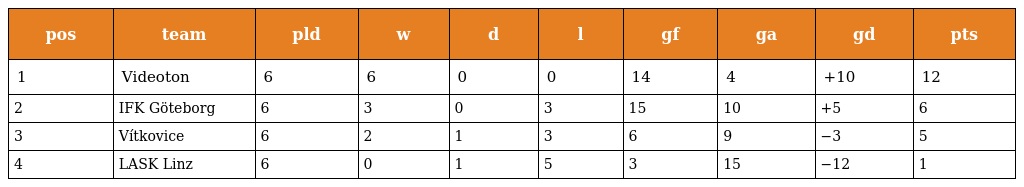
| pos | team | pld | w | d | l | gf | ga | gd | pts |
 | --- | --- | --- | --- | --- | --- | --- | --- | --- | --- |
 | 1 | Videoton | 6 | 6 | 0 | 0 | 14 | 4 | +10 | 12 |
 | 2 | IFK Göteborg | 6 | 3 | 0 | 3 | 15 | 10 | +5 | 6 |
 | 3 | Vítkovice | 6 | 2 | 1 | 3 | 6 | 9 | −3 | 5 |
 | 4 | LASK Linz | 6 | 0 | 1 | 5 | 3 | 15 | −12 | 1 |